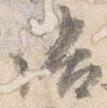
語